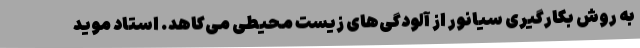
به روش بکارگیری سیانور از آلودگی‌های زیست محیطی می‌کاهد. استاد موید